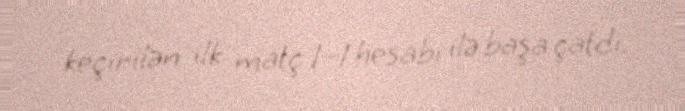
keçirilən ilk matç 1–1 hesabı ilə başa çatdı.